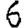
Digit: 6